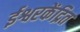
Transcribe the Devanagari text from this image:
ईश्वरकेंद्रित